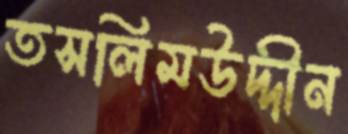
তসলিমউদ্দীন